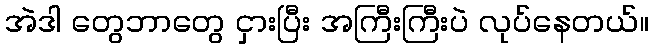
အဲဒါ တွေဘာတွေ ငှားပြီး အကြီးကြီးပဲ လုပ်နေတယ်။